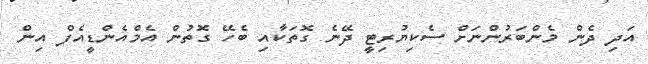
އަދި ދެން މެންބަރުންނަށް ސެކިޔުރިޓީ ދޭނެ ގޮތަކާއި ބެހޭ ގޮތުން އެމްއެންޑީއެފް އިން